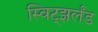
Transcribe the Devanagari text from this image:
स्विट्झर्लंड